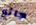
جائع